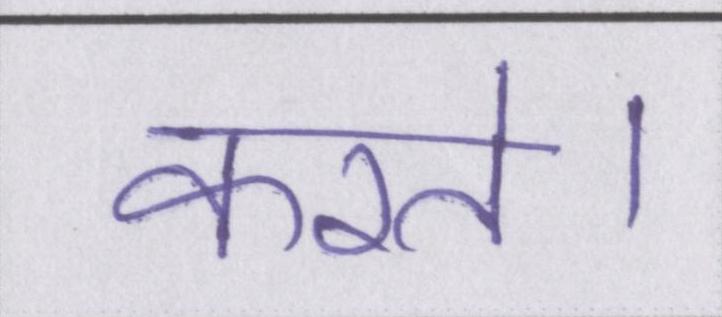
करते।